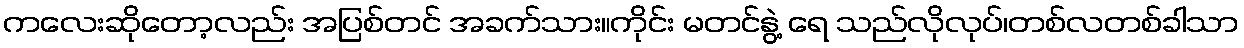
ကလေးဆိုတော့လည်း အပြစ်တင် အခက်သား။ကိုင်း မတင်နွဲ့ ရေ သည်လိုလုပ်၊တစ်လတစ်ခါသာ